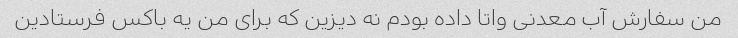
من سفارش آب معدنی واتا داده بودم نه دیزین که برای من یه باکس فرستادین